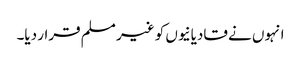
انہوں نے قادیانیوں کو غیر مسلم قرار دیا۔